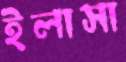
ইলাসা